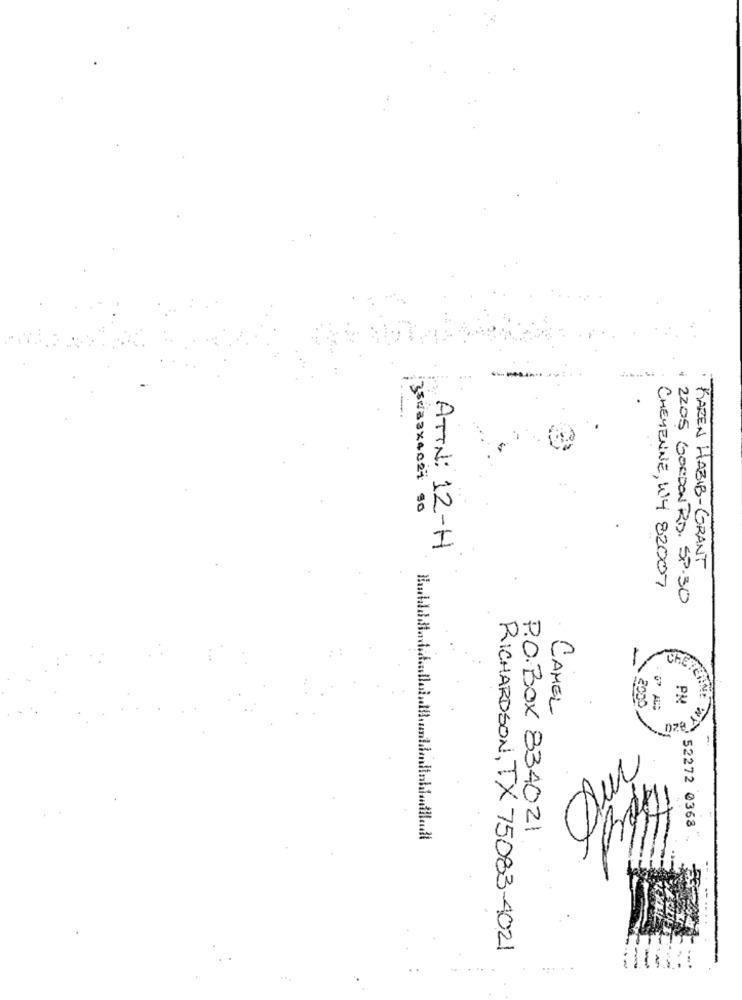
35wa3x4021 so
ATTN: 12-H
· KAREN HABIB-GRANT
CHEYENNE, W14 82007
1 2205 GORDON RD. SP.30
200
PA
CAMEL
mo
52272 0368
P.O. Box 834021
RICHARDSON, TX 75083-4021